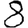
Digit: 8